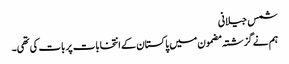
شمس جیلانی
ہم نے گزشتہ مضمون میں پاکستان کے انتخابات پر بات کی تھی۔